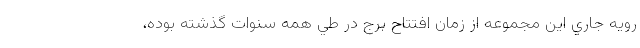
رويه جاري اين مجموعه از زمان افتتاح برج در طي همه سنوات گذشته بوده،